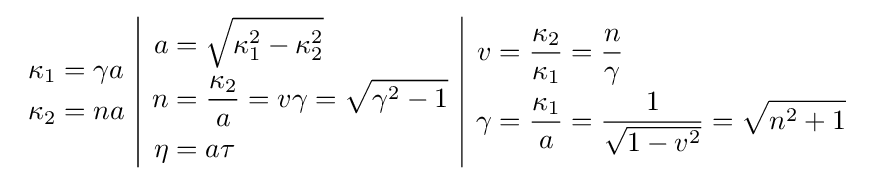
{\begin{array}{c|c|c}{\begin{aligned}\kappa _{1}&=\gamma a\\\kappa _{2}&=na\end{aligned}}&{\begin{aligned}a&={\sqrt {\kappa _{1}^{2}-\kappa _{2}^{2}}}\\n&={\frac {\kappa _{2}}{a}}=v\gamma ={\sqrt {\gamma ^{2}-1}}\\\eta &=a\tau \end{aligned}}&{\begin{aligned}v&={\frac {\kappa _{2}}{\kappa _{1}}}={\frac {n}{\gamma }}\\\gamma &={\frac {\kappa _{1}}{a}}={\frac {1}{\sqrt {1-v^{2}}}}={\sqrt {n^{2}+1}}\end{aligned}}\end{array}}